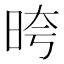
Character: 晇